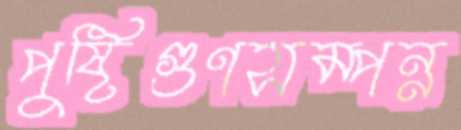
পুষ্টিগুণসম্পন্ন